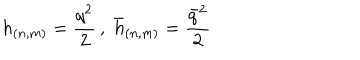
LaTeX: h _ { ( n , m ) } = \frac { q ^ { 2 } } { 2 } \, , \, \, \bar { h } _ { ( n , m ) } = \frac { \bar { q } ^ { 2 } } { 2 }